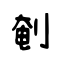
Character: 剦